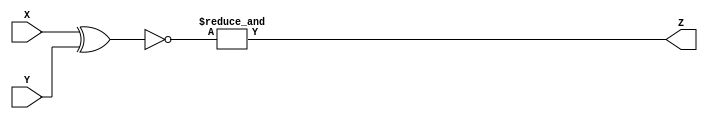
`timescale 1ns / 1ps
`default_nettype none
//////////////////////////////////////////////////////////////////////////////////
// 
// Module Name:    equals 
// Description: 
//
//////////////////////////////////////////////////////////////////////////////////
module equals(X,Y,Z);
   // set the parameter for the width of this equals
   parameter N = 32;
   
	//port definitions
	input  wire [(N-1):0] X, Y;
	output wire Z;

   wire [(N-1):0] xnor_result;
   assign xnor_result = ~(X ^ Y); // XNOR tests if bits are equal
   assign Z = & xnor_result; // return 1 if all bits were equal

endmodule
`default_nettype wire